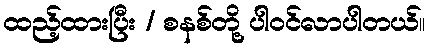
ထည့်ထားပြီး / စနစ်တို့ ပါဝင်လာပါတယ်။